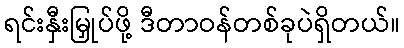
ရင်းနှီးမြှုပ်ဖို့ ဒီတာဝန်တစ်ခုပဲရှိတယ်။